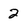
Character: 2